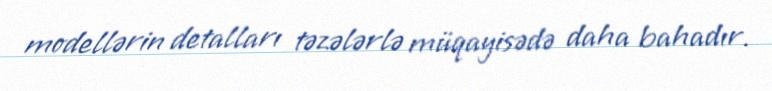
modellərin detalları təzələrlə müqayisədə daha bahadır.